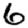
Digit: 6